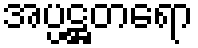
အပ္ပဋ္ဌတရော